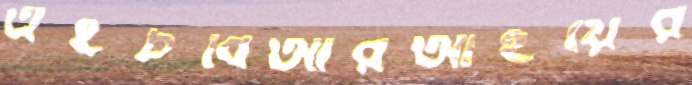
এইচবিআরআইয়ের